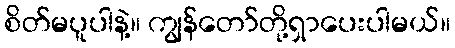
စိတ်မပူပါနဲ့။ ကျွန်တော်တို့ရှာပေးပါမယ်။